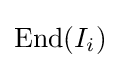
\mathrm {End} (I_{i})